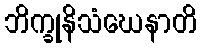
ဘိက္ခုနိသံဃေနာတိ